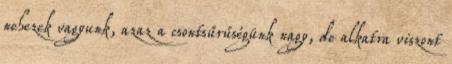
nehezek vagyunk, azaz a csontsűrűségünk nagy, de alkatra viszont